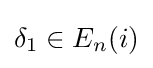
\delta _{1}\in E_{n}(i)